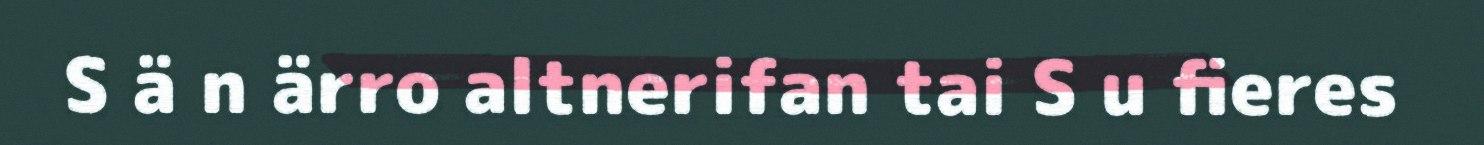
S ä n ärro altnerifan tai S u fieres